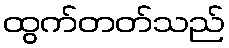
ထွက်တတ်သည်